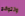
وتتوقع